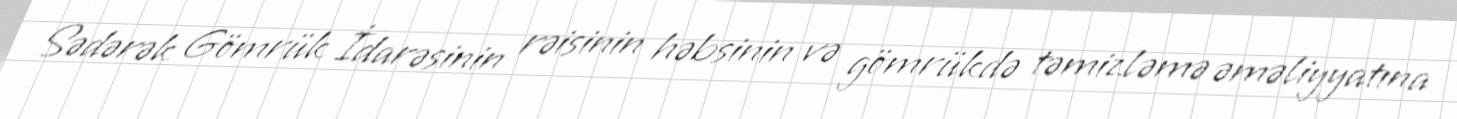
Sədərək Gömrük İdarəsinin rəisinin həbsinin və gömrükdə təmizləmə əməliyyatına